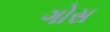
ગોસ